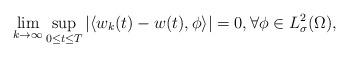
LaTeX: \begin{align*}\lim_{k\to\infty}\sup_{0\leq t\leq T}|\langle w_k(t)-w(t),\phi\rangle|=0, \forall\phi\in L^2_\sigma(\Omega),\end{align*}